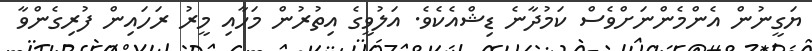
ޔަގީނުން އެންމެންނަށްވެސް ކަމުދާނެ ޑިޝްއެކެވެ. އަލުވީގެ އިތުރުން މަހާއި މީރު ރަހައިން ފުރިގެންވާ